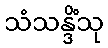
သံသန္ဒိံသု